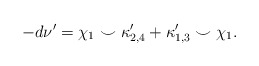
\begin{align*} -d\nu' = \chi_1 \smile \kappa'_{2,4} + \kappa'_{1,3} \smile \chi_1. \end{align*}